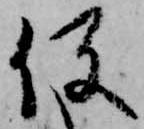
役